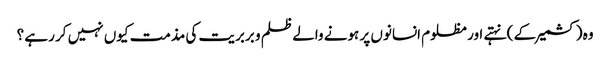
وہ (کشمیر کے ) نہتے اور مظلوم انسانوں پر ہونے والے ظلم و بربریت کی مذمت کیوں نہیں کر رہے ؟